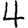
Digit: 4